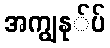
အကျွနု်ပ်